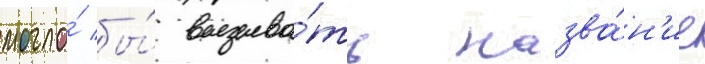
могло́ бы́ вызыва́ть назва́н'ие